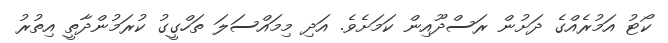
ކޯޓު އަމުރެއްގެ ދަށުން ރަސްދޫއިން ކަމަށެވެ. އަދި މިމައްސަލަ ތަހްގީގު ކުރަމުންދާތީ އިތުރު